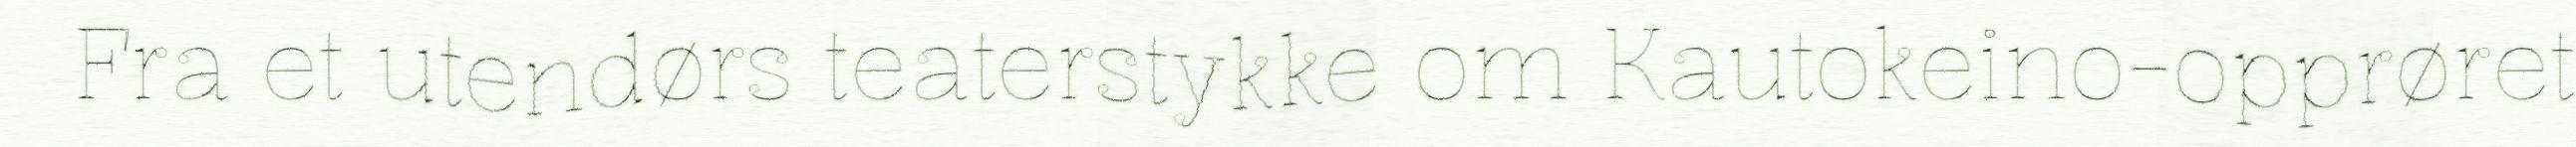
Fra et utendørs teaterstykke om Kautokeino-opprøret